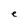
Character: e